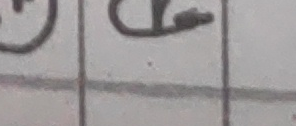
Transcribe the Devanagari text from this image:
पट्ट